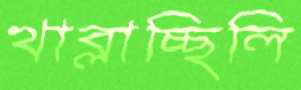
খাব্‌লাচ্ছিলি